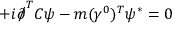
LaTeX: + i { \partial \! \! \! { \big / } } ^ { T } C \psi - m ( \gamma ^ { 0 } ) ^ { T } \psi ^ { * } = 0